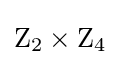
\mathrm {Z} _{2}\times \mathrm {Z} _{4}